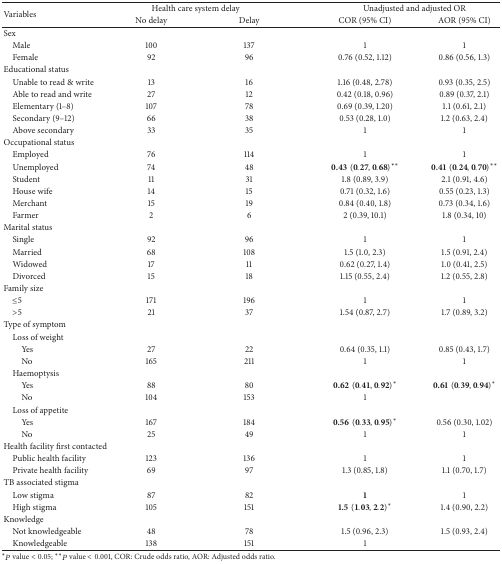
<table><thead><tr><td rowspan="2"><b>Variables</b></td><td colspan="2"><b>Health care system delay</b></td><td colspan="2"><b>Unadjusted and adjusted OR</b></td></tr><tr><td><b>No delay</b></td><td><b>Delay</b></td><td><b>COR (95% CI)</b></td><td><b>AOR (95% CI)</b></td></tr></thead><tbody><tr><td colspan="2">Sex</td><td> </td><td> </td><td> </td></tr><tr><td> Male</td><td>100</td><td>137</td><td>1</td><td>1</td></tr><tr><td> Female</td><td>92</td><td>96</td><td>0.76 (0.52, 1.12)</td><td>0.86 (0.56, 1.3)</td></tr><tr><td>Educational status</td><td> </td><td> </td><td> </td><td> </td></tr><tr><td> Unable to read &amp; write</td><td>13</td><td>16</td><td>1.16 (0.48, 2.78)</td><td>0.93 (0.35, 2.5)</td></tr><tr><td> Able to read and write</td><td>27</td><td>12</td><td>0.42 (0.18, 0.96)</td><td>0.89 (0.37, 2.1)</td></tr><tr><td> Elementary (1–8)</td><td>107</td><td>78</td><td>0.69 (0.39, 1.20)</td><td>1.1 (0.61, 2.1)</td></tr><tr><td> Secondary (9–12)</td><td>66</td><td>38</td><td>0.53 (0.28, 1.0)</td><td>1.2 (0.63, 2.4)</td></tr><tr><td> Above secondary</td><td>33</td><td>35</td><td>1</td><td>1</td></tr><tr><td>Occupational status</td><td> </td><td> </td><td> </td><td> </td></tr><tr><td> Employed</td><td>76</td><td>114</td><td>1</td><td>1</td></tr><tr><td> Unemployed</td><td>74</td><td>48</td><td><b>0.43</b>(0.27,0.68)<sup><i>∗∗</i></sup></td><td><b>0.41</b>(0.24,0.70)<sup><i>∗∗</i></sup></td></tr><tr><td> Student</td><td>11</td><td>31</td><td>1.8 (0.89, 3.9)</td><td>2.1 (0.91, 4.6)</td></tr><tr><td> House wife</td><td>14</td><td>15</td><td>0.71 (0.32, 1.6)</td><td>0.55 (0.23, 1.3)</td></tr><tr><td> Merchant</td><td>15</td><td>19</td><td>0.84 (0.40, 1.8)</td><td>0.73 (0.34, 1.6)</td></tr><tr><td> Farmer</td><td>2</td><td>6</td><td>2 (0.39, 10.1)</td><td>1.8 (0.34, 10)</td></tr><tr><td>Marital status</td><td> </td><td> </td><td> </td><td> </td></tr><tr><td> Single</td><td>92</td><td>96</td><td>1</td><td>1</td></tr><tr><td> Married</td><td>68</td><td>108</td><td>1.5 (1.0, 2.3)</td><td>1.5 (0.91, 2.4)</td></tr><tr><td> Widowed</td><td>17</td><td>11</td><td>0.62 (0.27, 1.4)</td><td>1.0 (0.41, 2.5)</td></tr><tr><td> Divorced</td><td>15</td><td>18</td><td>1.15 (0.55, 2.4)</td><td>1.2 (0.55, 2.8)</td></tr><tr><td>Family size</td><td> </td><td> </td><td> </td><td> </td></tr><tr><td> ≤5</td><td>171</td><td>196</td><td>1</td><td>1</td></tr><tr><td> &gt;5</td><td>21</td><td>37</td><td>1.54 (0.87, 2.7)</td><td>1.7 (0.89, 3.2)</td></tr><tr><td>Type of symptom</td><td> </td><td> </td><td> </td><td> </td></tr><tr><td> Loss of weight</td><td> </td><td> </td><td> </td><td> </td></tr><tr><td>Yes</td><td>27</td><td>22</td><td>0.64 (0.35, 1.1)</td><td>0.85 (0.43, 1.7)</td></tr><tr><td>No</td><td>165</td><td>211</td><td>1</td><td>1</td></tr><tr><td> Haemoptysis</td><td> </td><td> </td><td> </td><td> </td></tr><tr><td>Yes</td><td>88</td><td>80</td><td><b>0.62</b>(0.41,0.92)<sup><i>∗</i></sup></td><td><b>0.61</b>(0.39,0.94)<sup><i>∗</i></sup></td></tr><tr><td>No</td><td>104</td><td>153</td><td>1</td><td> </td></tr><tr><td> Loss of appetite</td><td> </td><td> </td><td> </td><td> </td></tr><tr><td>Yes</td><td>167</td><td>184</td><td><b>0.56</b>(0.33,0.95)<sup><i>∗</i></sup></td><td>0.56 (0.30, 1.02)</td></tr><tr><td>No</td><td>25</td><td>49</td><td>1</td><td>1</td></tr><tr><td>Health facility first contacted</td><td> </td><td> </td><td> </td><td> </td></tr><tr><td> Public health facility</td><td>123</td><td>136</td><td>1</td><td>1</td></tr><tr><td> Private health facility</td><td>69</td><td>97</td><td>1.3 (0.85, 1.8)</td><td>1.1 (0.70, 1.7)</td></tr><tr><td>TB associated stigma</td><td> </td><td> </td><td> </td><td> </td></tr><tr><td> Low stigma</td><td>87</td><td>82</td><td><b>1</b></td><td>1</td></tr><tr><td> High stigma</td><td>105</td><td>151</td><td><b>1.5</b>(1.03,2.2)<sup><i>∗</i></sup></td><td>1.4 (0.90, 2.2)</td></tr><tr><td>Knowledge</td><td> </td><td> </td><td> </td><td> </td></tr><tr><td> Not knowledgeable</td><td>48</td><td>78</td><td>1.5 (0.96, 2.3)</td><td>1.5 (0.93, 2.4)</td></tr><tr><td> Knowledgeable</td><td>138</td><td>151</td><td>1</td><td> </td></tr></tbody></table>